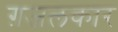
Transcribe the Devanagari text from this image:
ग़जलकार